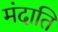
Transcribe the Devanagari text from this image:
मंदाति